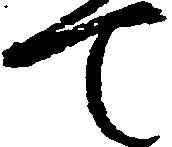
て